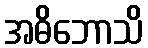
အဓိဘောသိ